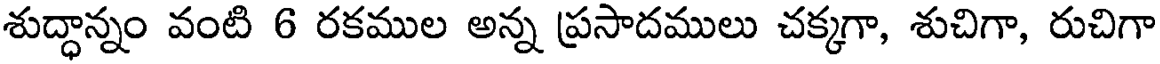
శుద్ధాన్నం వంటి 6 రకముల అన్న ప్రసాదములు చక్కగా, శుచిగా, రుచిగా